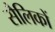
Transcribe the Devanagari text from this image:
सैलिकों